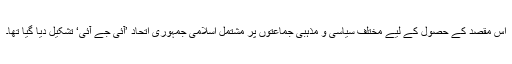
اس مقصد کے حصول کے لیے مختلف سیاسی و مذہبی جماعتوں پر مشتمل اسلامی جمہوری اتحاد ’آئی جے آئی‘ تشکیل دیا گیا تھا۔